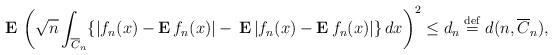
LaTeX: \begin{align*}{\bf E\,}\left( \sqrt{n}\int_{\overline{C}_{n}}\{|f_{n}(x)-{\bf E\,}f_{n}(x)|-{\bf \,E\,}|f_{n}(x)-{\bf E\,}f_{n}(x)|\}\,dx\right) ^{2}\leq d_{n}\stackrel{\rm def}{=}d(n,\overline{C}_{n}), \end{align*}